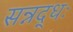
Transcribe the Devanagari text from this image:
सन्नद्धः